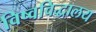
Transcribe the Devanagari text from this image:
विष्वविद्धालय